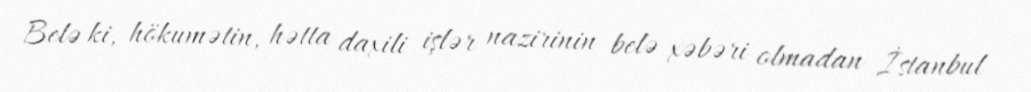
Belə ki, hökumətin, hətta daxili işlər nazirinin belə xəbəri olmadan İstanbul